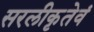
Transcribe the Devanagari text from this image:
सरलीकृतेवं